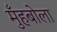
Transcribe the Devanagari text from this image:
मुँहबोला